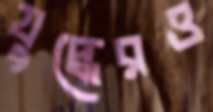
যুদ্ধেরও